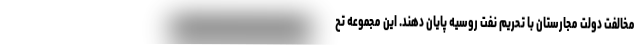
مخالفت دولت مجارستان با تحریم نفت روسیه پایان دهند. این مجموعه تح